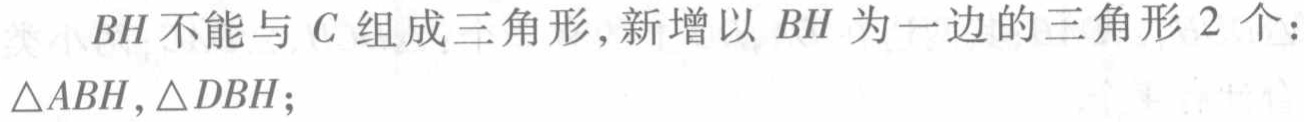
$BH不能与C组成三角形，新增以BH为一边的三角形2个：\triangle ABH,\triangle DBH;$